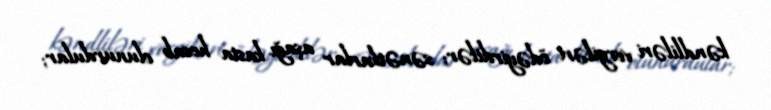
kəndliləri vergiləri ödəyirdilər; sənətkarlar aşağı kasta hesab olunurdular;